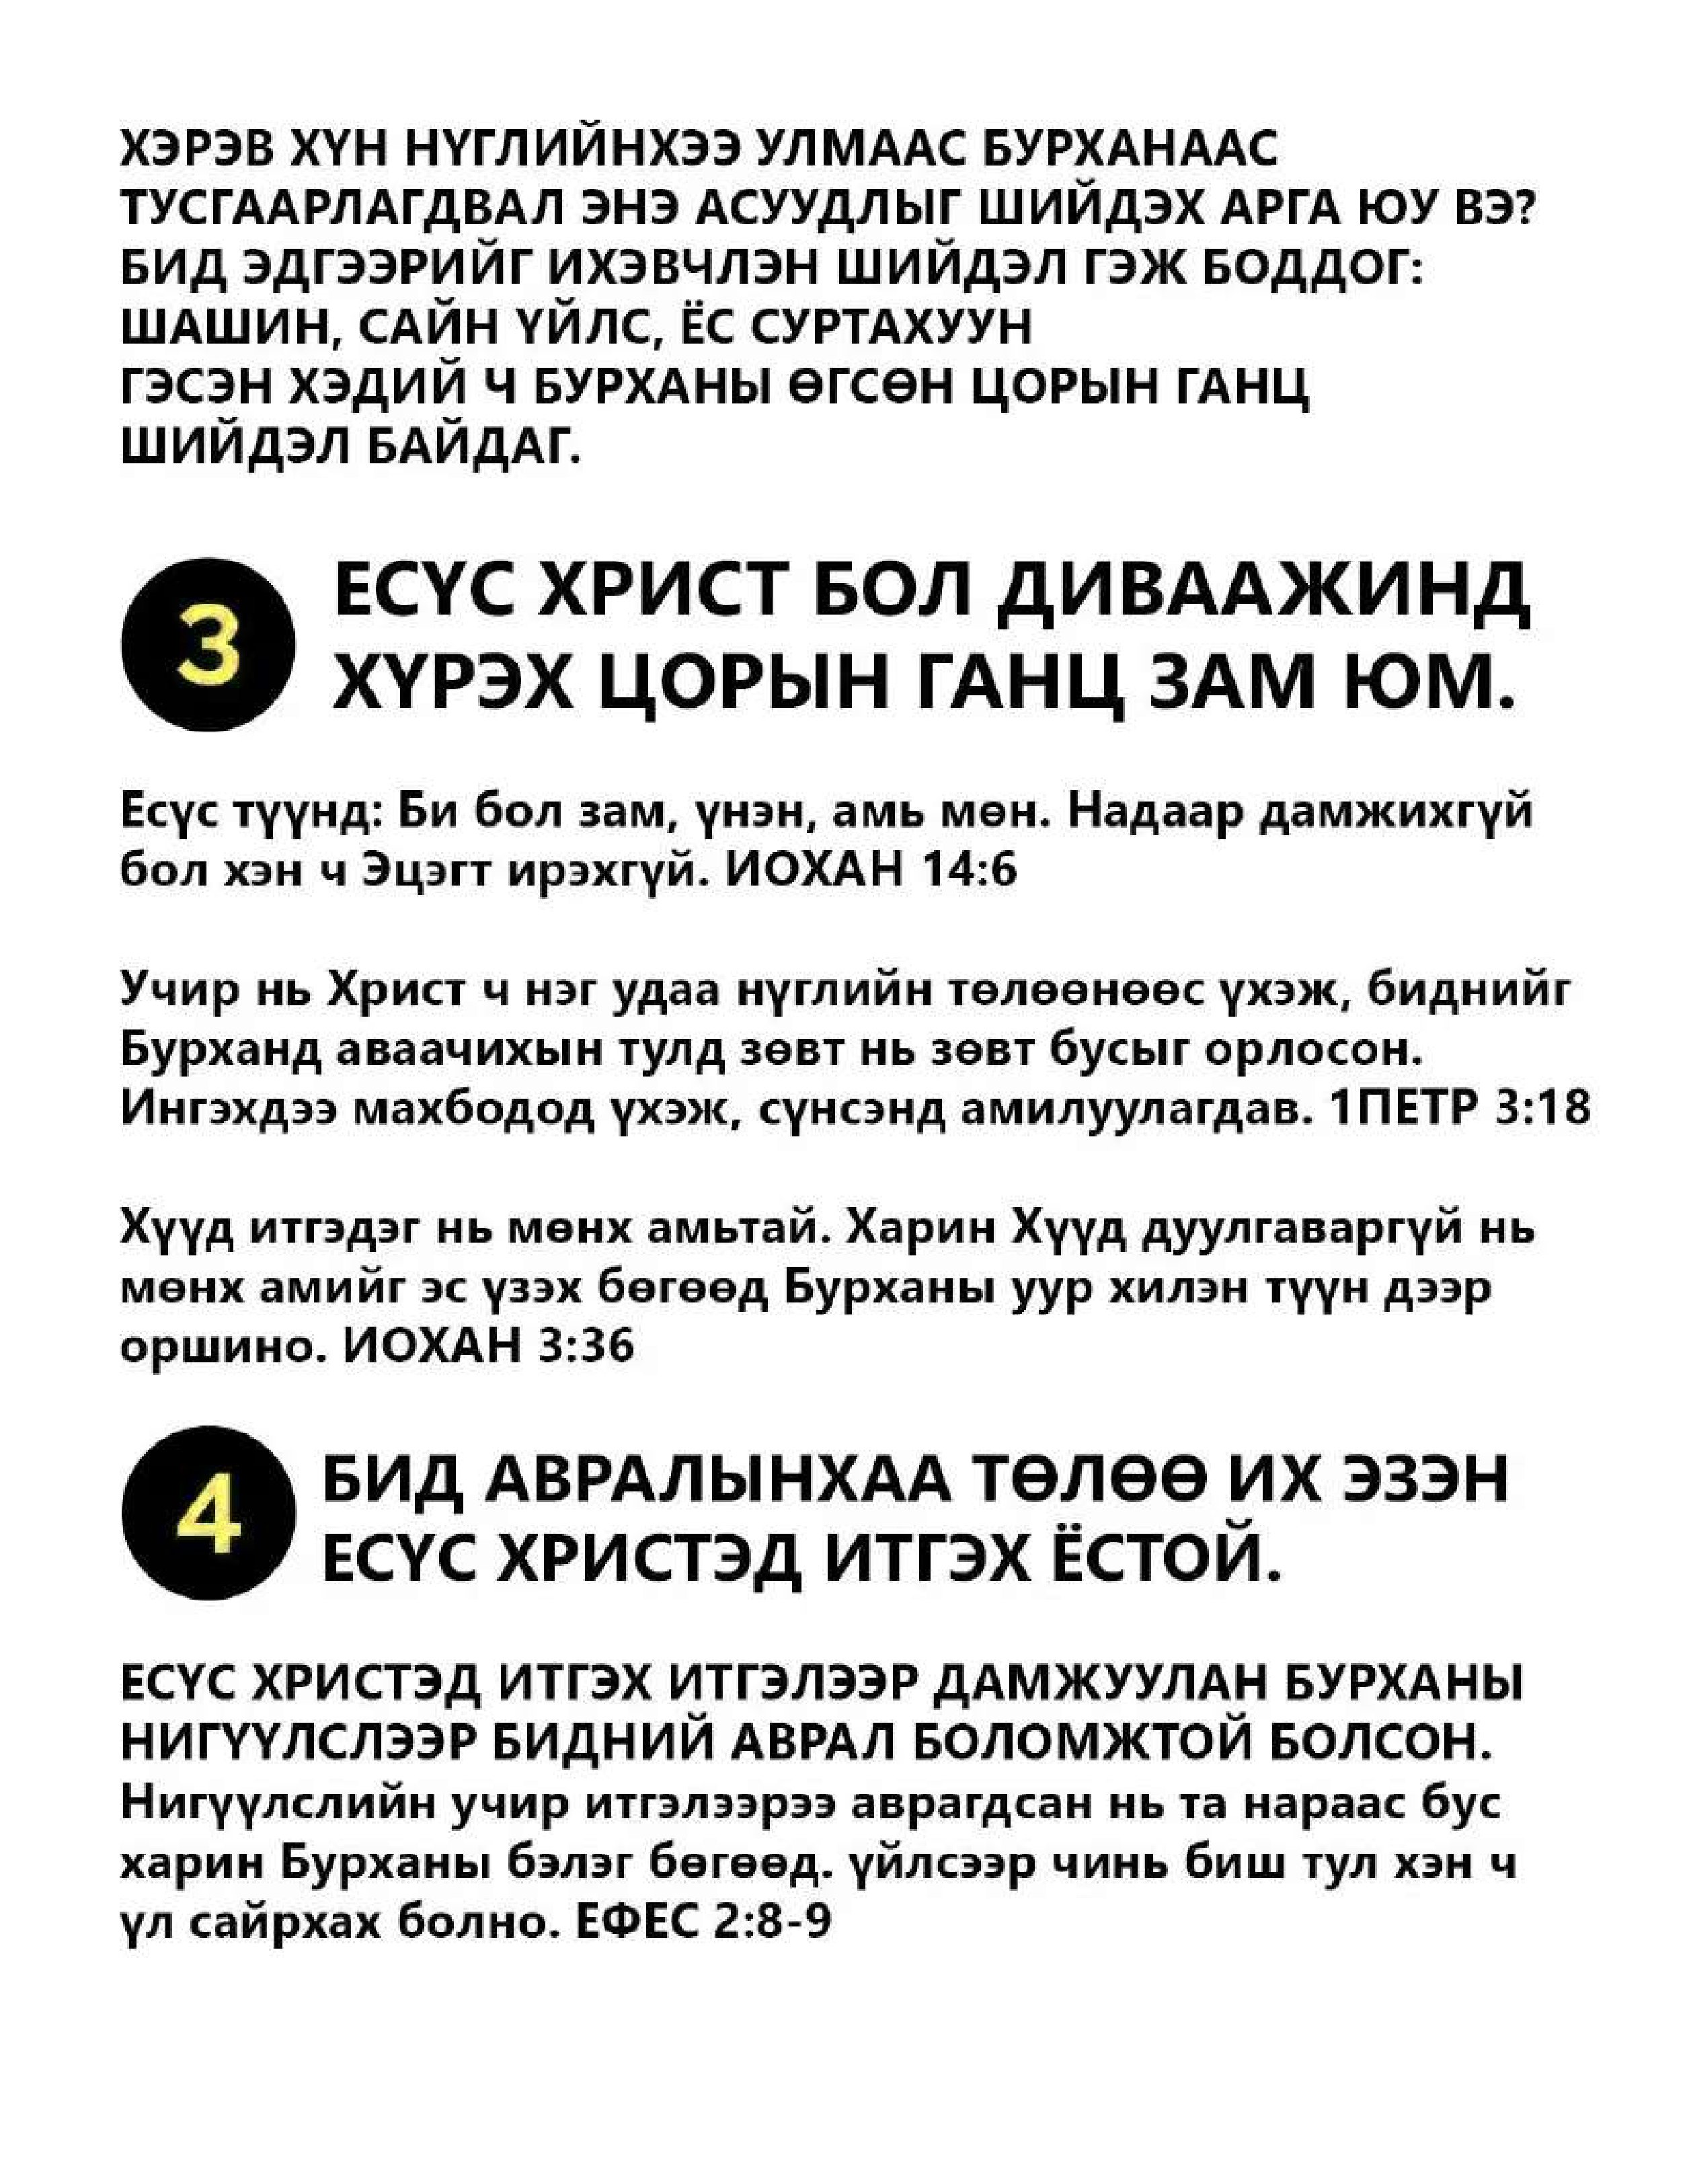
Language: mn